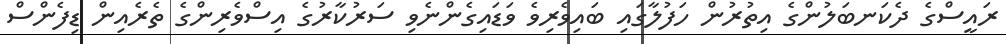
ރައީސްގެ ދެކަނބަލުންގެ އިތުރުން ހަފުލާގައި ބައިވެރިވެ ވަޑައިގެންނެވި ސަރުކާރުގެ އިސްވެރިންގެ ތެރެއިން ޑިފެންސް